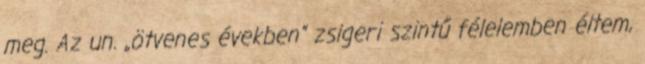
meg. Az un. „ötvenes években” zsigeri szintű félelemben éltem,